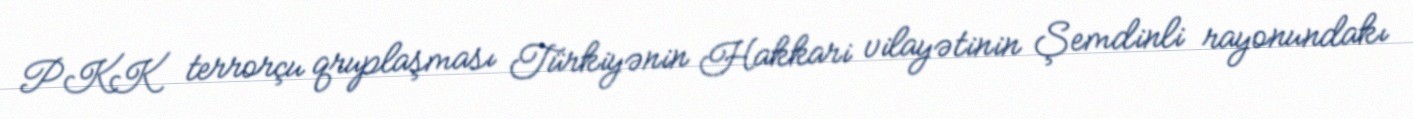
PKK terrorçu qruplaşması Türkiyənin Hakkari vilayətinin Şemdinli rayonundakı